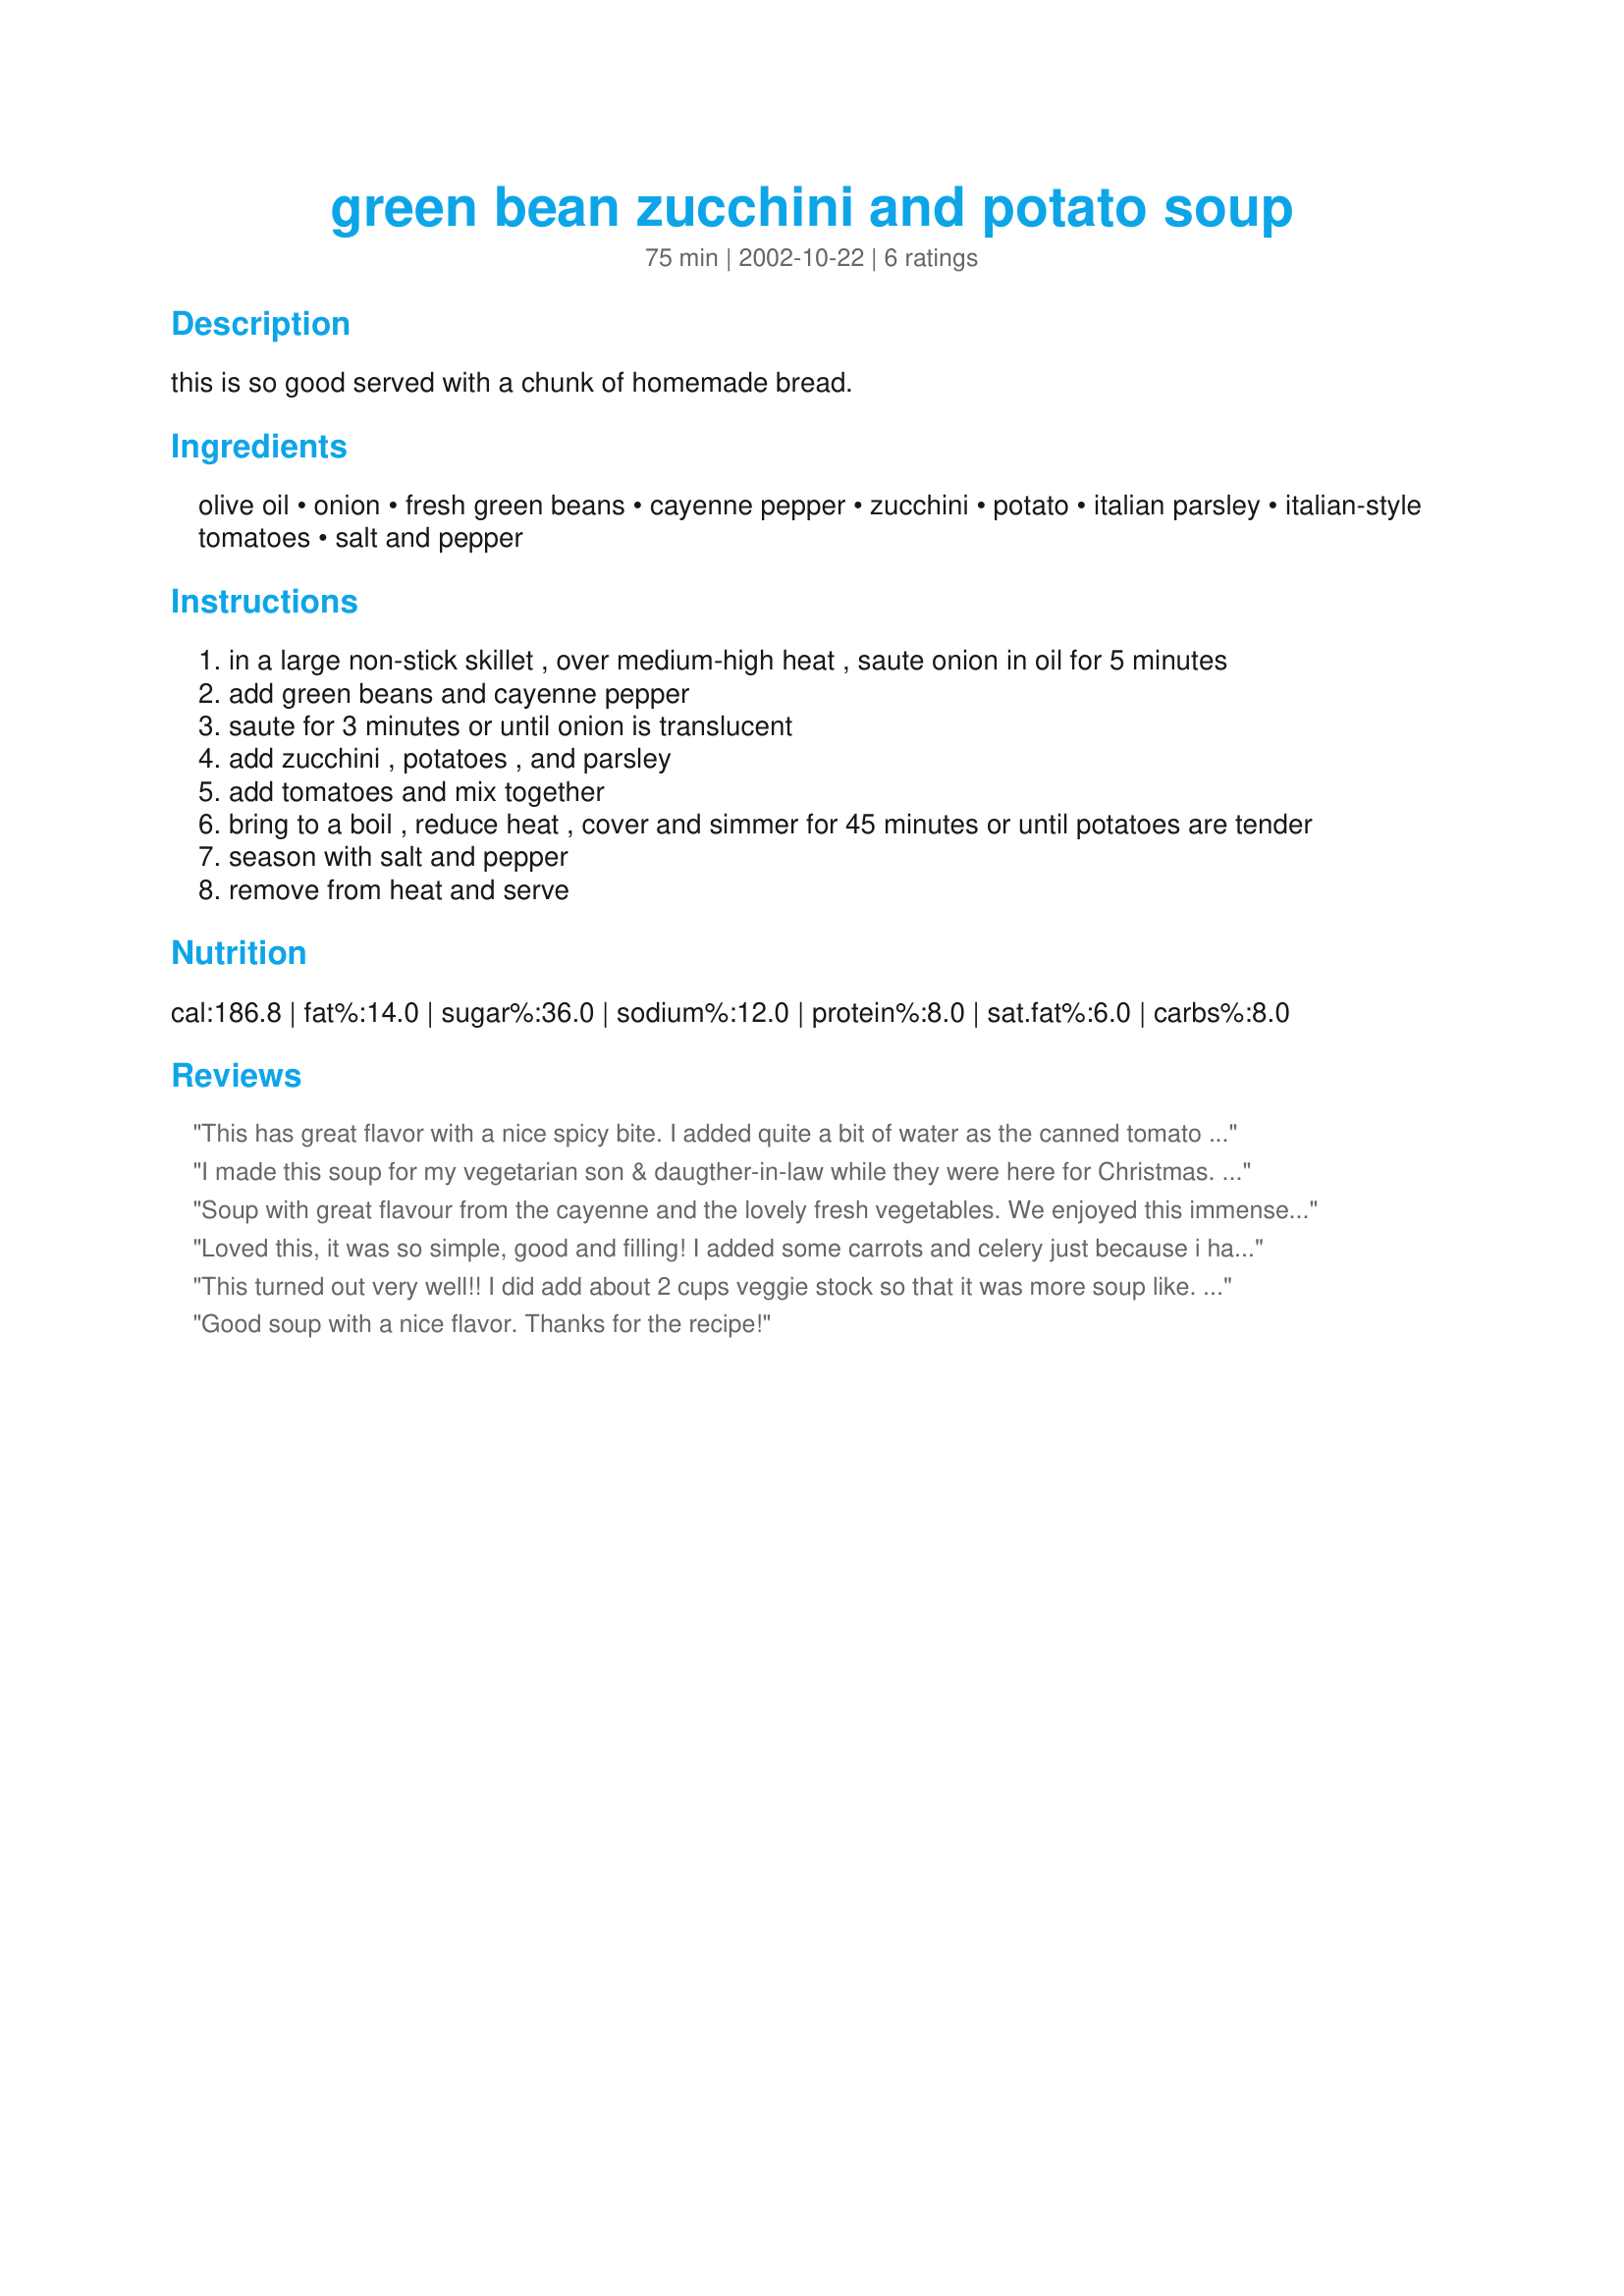
green bean zucchini and potato soup
Preparation time: 75 minutes

this is so good served with a chunk of homemade bread.

Ingredients:
olive oil, onion, fresh green beans, cayenne pepper, zucchini, potato, italian parsley, italian-style tomatoes, salt and pepper

Steps:
in a large non-stick skillet , over medium-high heat , saute onion in oil for 5 minutes
add green beans and cayenne pepper
saute for 3 minutes or until onion is translucent
add zucchini , potatoes , and parsley
add tomatoes and mix together
bring to a boil , reduce heat , cover and simmer for 45 minutes or until potatoes are tender
season with salt and pepper
remove from heat and serve

Reviews:
This has great flavor with a nice spicy bite. I added quite a bit of water as the canned tomato liquid made it a stew rather than a soup. Thanks for another great, healthy recipe.
I made this soup for my vegetarian son & daugther-in-law while they were here for Christmas. It is the BEST! My son is pretty picky and he had another bowl at 3 a.m. - I think that says it all! I didn't change a thing, but I do think using the fresh italian parsley make all the difference.
Soup with great flavour from the cayenne and the lovely fresh vegetables. We enjoyed this immensely. It served up 6 generous bowls. I used maybe 1 tbsp olive oil instead of 1/4 cup, and added 1 1/2 cups water for extra moisture. Added cooked crumbled sausage at the end of cooking also. An excellent recipe to use up excess quantities of green beans. I will love to make and serve this again. Thank you!
Loved this, it was so simple, good and filling! I added some carrots and celery just because i had some and also some veg stock to make it more soupy. Will be making this again for sure!!
This turned out very well!! I did add about 2 cups veggie stock so that it was more soup like. Generous amounts of salt & pepper rounded it out. Everyone really enjoyed it and some added a couple splashes of hot sauce to take it to the next level. Thanks so much for a quick & filling meal!!
Good soup with a nice flavor. Thanks for the recipe!
